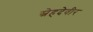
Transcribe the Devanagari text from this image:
स्नेहदेवीर